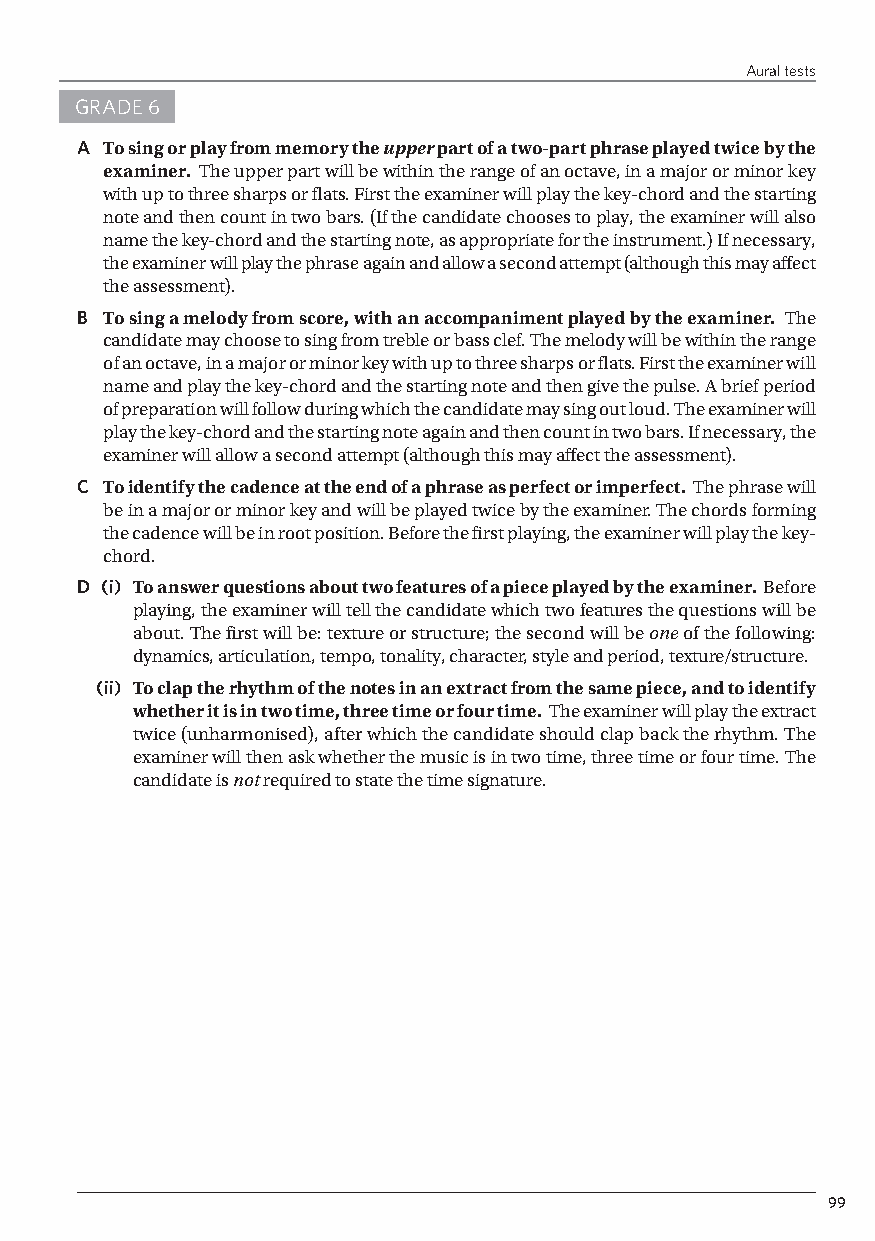
Aural tests
 GRADE 6
 A To sing or play from memory the upper part of a two-part phrase played twice by the
 examiner. The upper part will be within the range of an octave, in a major or minor key
 with up to three sharps or flats. First the examiner will play the key-chord and the starting
 note and then count in two bars. (If the candidate chooses to play, the examiner will also
 name the key-chord and the starting note, as appropriate for the instrument.) If necessary,
 the examiner will play the phrase again and allow a second attempt (although this may affect
 the assessment).
 B To sing a melody from score, with an accompaniment played by the examiner. The
 candidate may choose to sing from treble or bass clef. The melody will be within the range
 of an octave, in a major or minor key with up to three sharps or flats. First the examiner will
 name and play the key-chord and the starting note and then give the pulse. A brief period
 of preparation will follow during which the candidate may sing out loud. The examiner will
 play the key-chord and the starting note again and then count in two bars. If necessary, the
 examiner will allow a second attempt (although this may affect the assessment).
 C To identify the cadence at the end of a phrase as perfect or imperfect. The phrase will
 be in a major or minor key and will be played twice by the examiner. The chords forming
 the cadence will be in root position. Before the first playing, the examiner will play the key-
 chord.
 D (i) To answer questions about two features of a piece played by the examiner. Before
 playing, the examiner will tell the candidate which two features the questions will be
 about. The first will be: texture or structure; the second will be one of the following:
 dynamics, articulation, tempo, tonality, character, style and period, texture/structure.
 (ii) To clap the rhythm of the notes in an extract from the same piece, and to identify
 whether it is in two time, three time or four time. The examiner will play the extract
 twice (unharmonised), after which the candidate should clap back the rhythm. The
 examiner will then ask whether the music is in two time, three time or four time. The
 candidate is not required to state the time signature.
 99